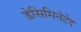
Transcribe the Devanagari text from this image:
डेसिमिनेटेद